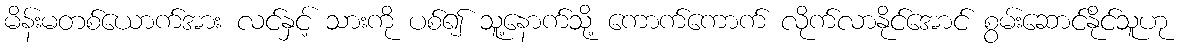
မိန်းမတစ်ယောက်အား လင်နှင့် သားကို ပစ်၍ သူ့နောက်သို့ ကောက်ကောက် လိုက်လာနိုင်အောင် စွမ်းဆောင်နိုင်သူဟု